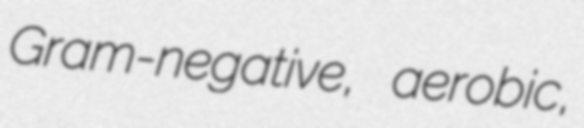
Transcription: Gram-negative, aerobic,